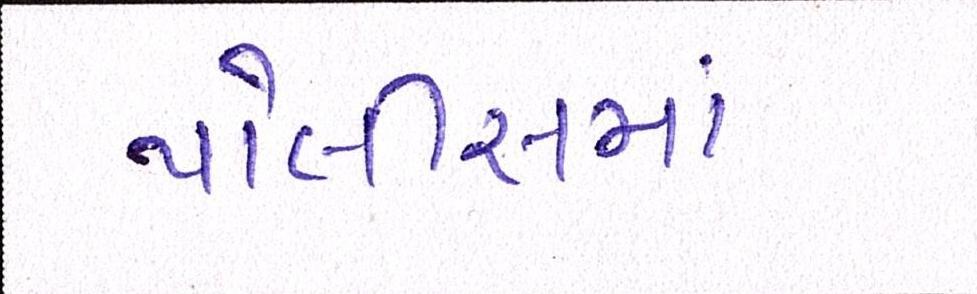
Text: પોલીસમાં